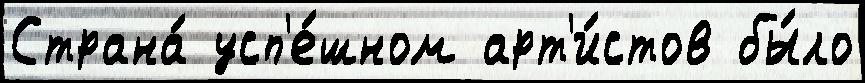
Страна́ усп'е́шном арт'и́стов бы́ло